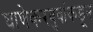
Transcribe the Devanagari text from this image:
घाणेकरबुवांकडून